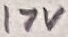
Text: 17V